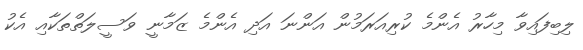
ލިބިފައިވާ މިހާރު އެންމެ ކުރިއަރަމުން އަންނަ އަދި އެންމެ ޒަމާނީ ވަސީލަތްތަކާއި އެކު